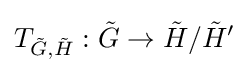
T_{{\tilde {G}},{\tilde {H}}}:{\tilde {G}}\to {\tilde {H}}/{\tilde {H}}'